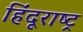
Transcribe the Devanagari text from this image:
हिंदूराष्ट्र